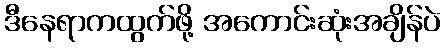
ဒီနေရာကထွက်ဖို့ အကောင်းဆုံးအချိန်ပဲ